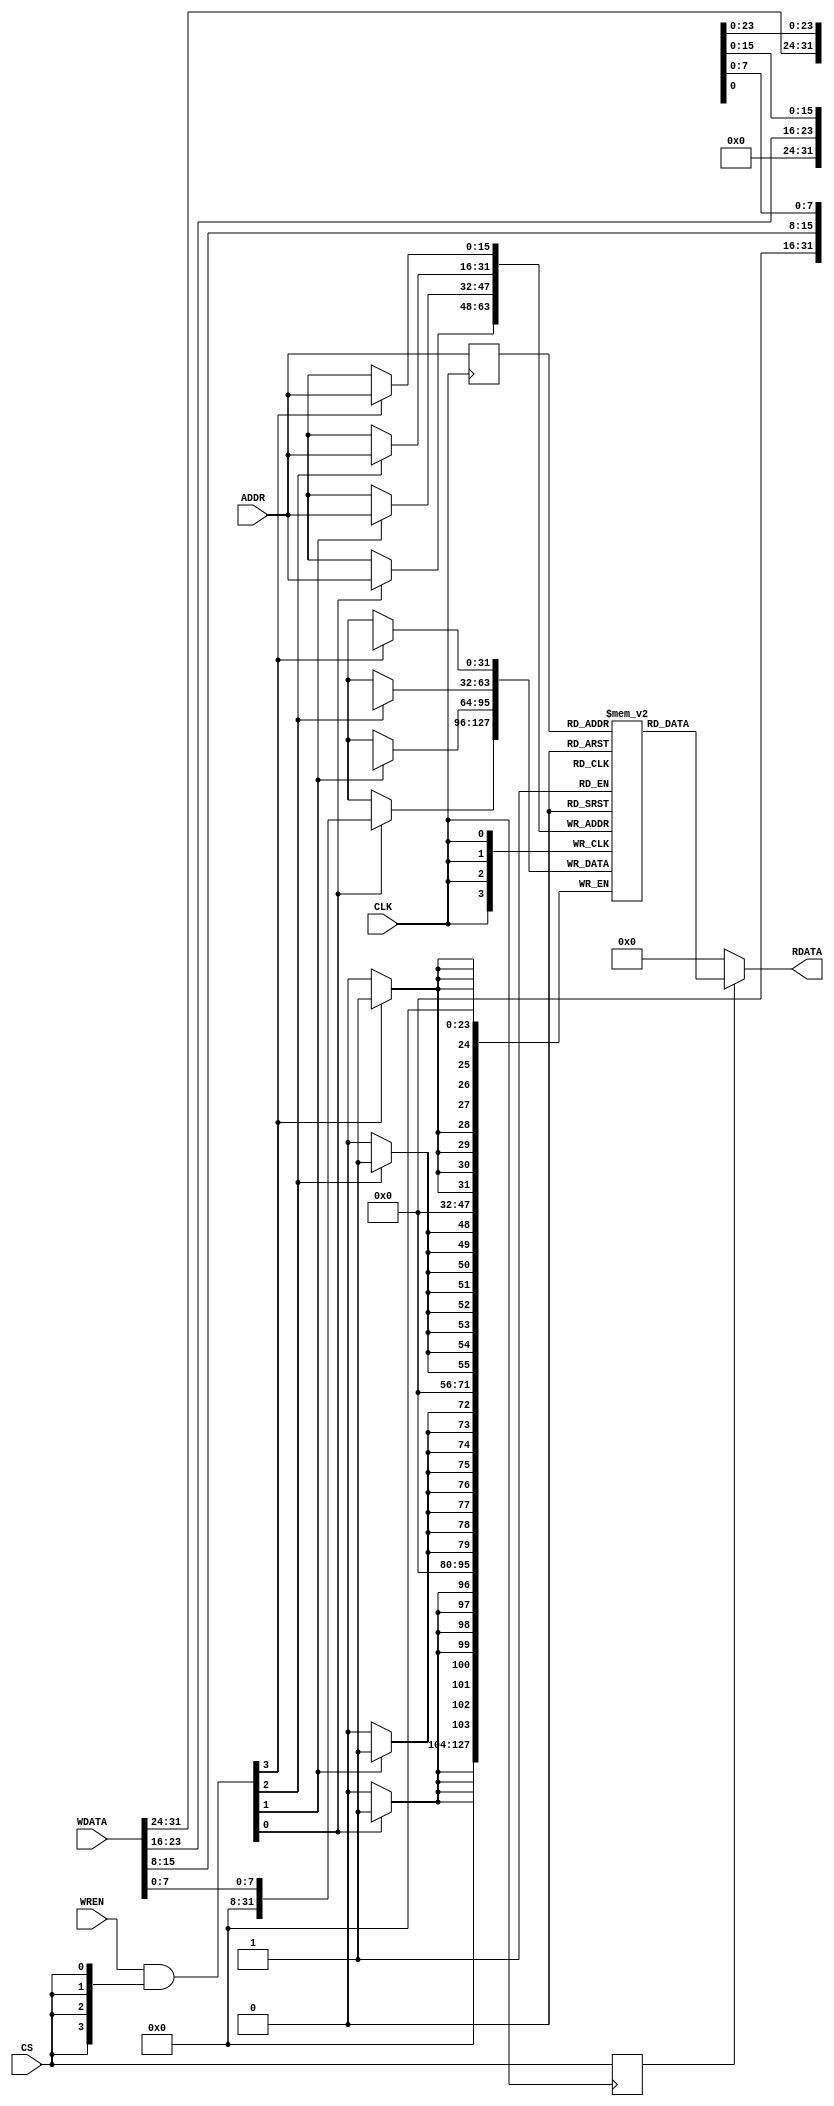
//-----------------------------------------------------------------------------
// The confidential and proprietary information contained in this file may
// only be used by a person authorised under and to the extent permitted
// by a subsisting licensing agreement from ARM Limited.
//
//            (C) COPYRIGHT 2010-2013 ARM Limited.
//                ALL RIGHTS RESERVED
//
// This entire notice must be reproduced on all copies of this file
// and copies of this file may only be made by a person if such person is
// permitted to do so under the terms of a subsisting license agreement
// from ARM Limited.
//
//      SVN Information
//
//      Checked In          : $Date: 2013-04-10 15:27:13 +0100 (Wed, 10 Apr 2013) $
//
//      Revision            : $Revision: 243506 $
//
//      Release Information : Cortex-M System Design Kit-r1p0-00rel0
//
// ----------------------------------------------------------------------------
//  Abstract : FPGA BlockRam/OnChip SRAM
// ----------------------------------------------------------------------------
// The read operation is pipelined. Write operation is not pipelined.
module cmsdk_fpga_sram #(
// --------------------------------------------------------------------------
// Parameters
// --------------------------------------------------------------------------
  parameter AW = 16
 )
 (
  // Inputs
  input  wire          CLK,
  input  wire [AW-1:0] ADDR,
  input  wire [31:0]   WDATA,
  input  wire [3:0]    WREN,
  input  wire          CS,

  // Outputs
  output wire [31:0]   RDATA
  );

// -----------------------------------------------------------------------------
// Constant Declarations
// -----------------------------------------------------------------------------
localparam AWT = ((1<<(AW-0))-1);

  // Memory Array
  reg     [31:0]  BRAM [AWT:0];



  
  // Internal signals
  reg     [AW-1:0]  addr_q1;
  wire    [3:0]     write_enable;
  reg               cs_reg;
  wire    [31:0]    read_data;

  assign write_enable[3:0] = WREN[3:0] & {4{CS}};

  always @ (posedge CLK)
    begin
    cs_reg <= CS;
    end

  // Infer Block RAM - syntax is very specific.
  always@(posedge CLK) begin
    if(write_enable[0]) BRAM[ADDR][7:0] <= WDATA[7:0];
  end
  always@(posedge CLK) begin
    if(write_enable[1]) BRAM[ADDR][15:8] <= WDATA[15:8];
  end
  always@(posedge CLK) begin
    if(write_enable[2]) BRAM[ADDR][23:16] <= WDATA[23:16];
  end
  always@(posedge CLK) begin
    if(write_enable[3]) BRAM[ADDR][31:24] <= WDATA[31:24];
  end

  always @ (posedge CLK)
    begin
      addr_q1 <= ADDR[AW-1:0];
    end

  assign read_data  = BRAM[addr_q1];


  assign RDATA      = (cs_reg) ? read_data : {32{1'b0}};

endmodule